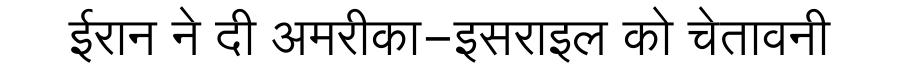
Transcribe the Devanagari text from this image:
ईरान ने दी अमरीका-इसराइल को चेतावनी